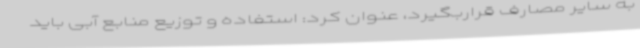
به سایر مصارف قراربگیرد، عنوان کرد: استفاده و توزیع منابع آبی باید